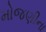
મોજણીના